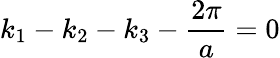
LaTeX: k_{1}-k_{2}-k_{3}-\frac{2\pi}{a}=0